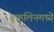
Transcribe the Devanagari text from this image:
ब्रूकलिनमध्ये